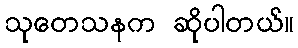
သုတေသနက ဆိုပါတယ်။